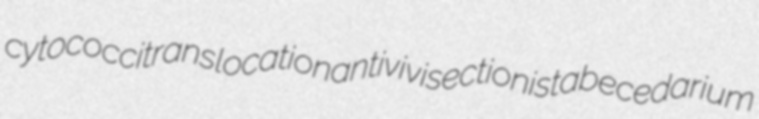
cytococci translocation antivivisectionist abecedarium